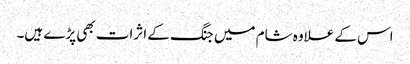
اس کے علاوہ شام میں جنگ کے اثرات بھی پڑے ہیں۔